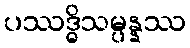
ပဿဒ္ဓိသမ္ပန္နဿ